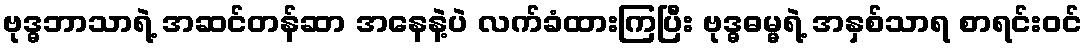
ဗုဒ္ဓဘာသာရဲ့ အဆင်တန်ဆာ အနေနဲ့ပဲ လက်ခံထားကြပြီး ဗုဒ္ဓဓမ္မရဲ့ အနှစ်သာရ စာရင်းဝင်